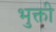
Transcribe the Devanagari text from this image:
भुक्ती